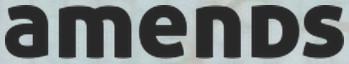
amends